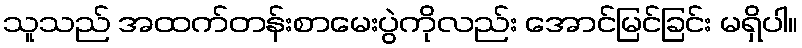
သူသည် အထက်တန်းစာမေးပွဲကိုလည်း အောင်မြင်ခြင်း မရှိပါ။